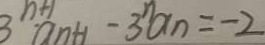
3 ^ { n + 1 } \cdot a _ { n + 1 } - 3 ^ { n } a _ { n } = - 2